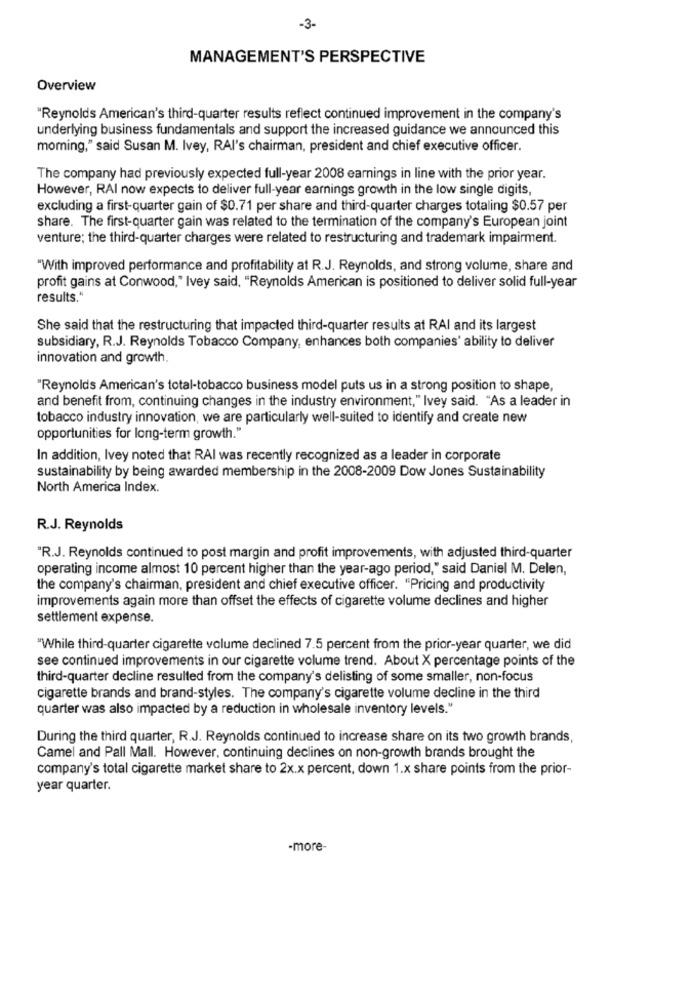
-3-
MANAGEMENT'S PERSPECTIVE
Overview
"Reynolds American's third-quarter results reflect continued improvement in the company's
underlying business fundamentals and support the increased guidance we announced this
moming," said Susan M. Ivey, RAI's chairman, president and chief executive officer.
The company had previously expected full-year 2008 earnings in line with the prior year.
However, RAI now expects to deliver full-year earnings growth in the low single digits,
excluding a first-quarter gain of $0.71 per share and third-quarter charges totaling $0.57 per
share. The first-quarter gain was related to the termination of the company's European joint
venture; the third-quarter charges were related to restructuring and trademark impairment.
"With improved performance and profitability at R.J. Reynolds, and strong volume, share and
profit gains at Conwood," Ivey said, "Reynolds American is positioned to deliver solid full-year
results."
She said that the restructuring that impacted third-quarter results at RAI and its largest
subsidiary, R.J. Reynolds Tobacco Company, enhances both companies' ability to deliver
innovation and growth.
"Reynolds American's total-tobacco business model puts us in a strong position to shape,
and benefit from, continuing changes in the industry environment," Ivey said. "As a leader in
tobacco industry innovation, we are particularly well-suited to identify and create new
opportunities for long-term growth."
In addition, Ivey noted that RAI was recently recognized as a leader in corporate
sustainability by being awarded membership in the 2008-2009 Dow Jones Sustainability
North America Index.
R.J. Reynolds
"R.J. Reynolds continued to post margin and profit improvements, with adjusted third-quarter
operating income almost 10 percent higher than the year-ago period," said Daniel M. Delen,
the company's chairman, president and chief executive officer. "Pricing and productivity
improvements again more than offset the effects of cigarette volume declines and higher
settlement expense.
"While third-quarter cigarette volume declined 7.5 percent from the prior-year quarter, we did
see continued improvements in our cigarette volume trend. About X percentage points of the
third-quarter decline resulted from the company's delisting of some smaller, non-focus
cigarette brands and brand-styles. The company's cigarette volume decline in the third
quarter was also impacted by a reduction in wholesale inventory levels."
During the third quarter, R.J. Reynolds continued to increase share on its two growth brands,
Camel and Pall Mall. However, continuing declines on non-growth brands brought the
company's total cigarette market share to 2x.x percent, down 1.x share points from the prior-
year quarter.
-more-